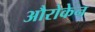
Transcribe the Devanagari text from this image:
औरोकेन